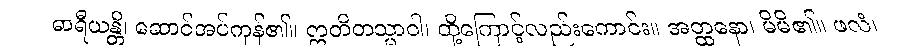
ဓာရီယန္တိ၊ ဆောင်အပ်ကုန်၏။ ဣတိတသ္မာဝါ၊ ထို့ကြောင့်လည်းကောင်း။ အတ္ထနော၊ မိမိ၏။ ဖလံ၊